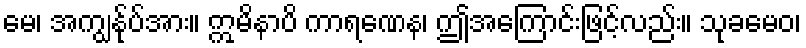
မေ၊ အကျွန်ုပ်အား။ ဣမိနာပိ ကာရဏေန၊ ဤအကြောင်းဖြင့်လည်း။ သုခမေဝ၊